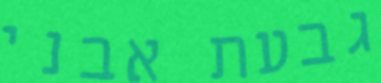
גבעת אבני